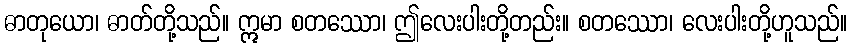
ဓာတုယော၊ ဓာတ်တို့သည်။ ဣမာ စတဿော၊ ဤလေးပါးတို့တည်း။ စတဿော၊ လေးပါးတို့ဟူသည်။